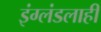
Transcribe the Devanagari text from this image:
इंग्लंडलाही